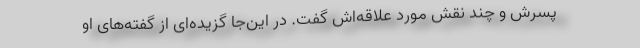
پسرش و چند نقش مورد علاقه‌اش گفت. در این‌جا گزیده‌ای از گفته‌های او